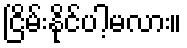
ငြိမ်းနိုင်ပါ့မလား။